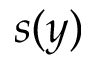
s ( y )